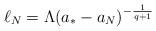
LaTeX: \begin{align*}\ell_{N}=\Lambda (a_{*}-a_{N})^{-\frac{1}{q+1}}\end{align*}